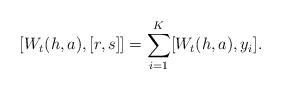
LaTeX: \begin{align*}[W_t(h,a),[r,s]]=\sum_{i=1}^K [W_t(h,a),y_i].\end{align*}